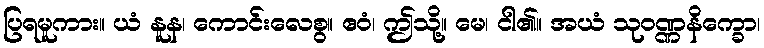
ပြရမူကား။ ယံ နူန၊ ကောင်းလေစွ။ ဧဝံ၊ ဤသို့။ မေ၊ ငါ၏။ အယံ သုဝဏ္ဏနိက္ခော၊